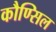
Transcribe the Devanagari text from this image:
कौण्सिल